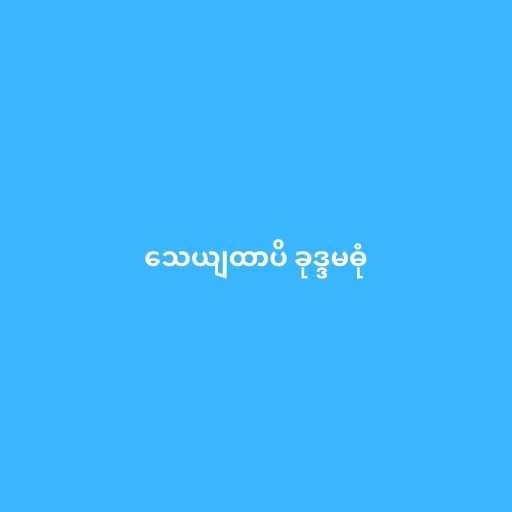
သေယျထာပိ ခုဒ္ဒမဓုံ